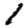
Digit: 1